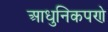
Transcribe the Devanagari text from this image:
आधुनिकपणे